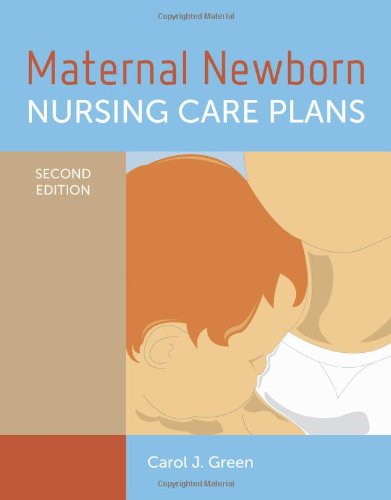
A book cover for Maternal Newborn Nursing Care Plans; Carol J. Green; Medical Books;